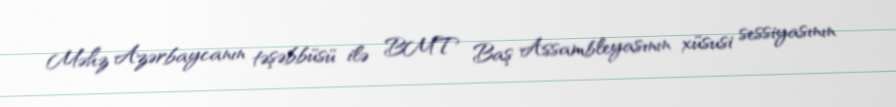
Məhz Azərbaycanın təşəbbüsü ilə BMT Baş Assambleyasının xüsusi sessiyasının